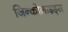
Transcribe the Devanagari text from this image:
जिन्कोलाइड्स